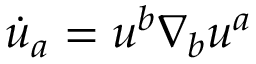
\dot { u } _ { a } = u ^ { b } \nabla _ { b } u ^ { a }